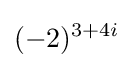
(-2)^{3+4i}